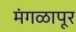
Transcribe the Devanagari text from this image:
मंगळापूर